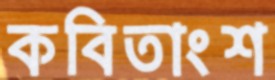
কবিতাংশ